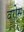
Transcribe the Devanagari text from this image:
वरोस